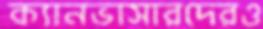
ক্যানভাসারদেরও